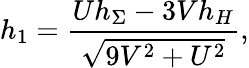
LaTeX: h_{1}=\frac{Uh_{\Sigma}-3Vh_{H}}{\sqrt{9V^{2}+U^{2}}},